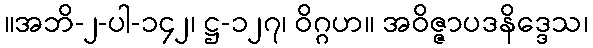
။အဘိ-၂-ပါ-၁၄၂၊ ဋ္ဌ-၁၂၇၊ ဝိဂ္ဂဟ။ အဝိဇ္ဇာပဒနိဒ္ဒေသ၊